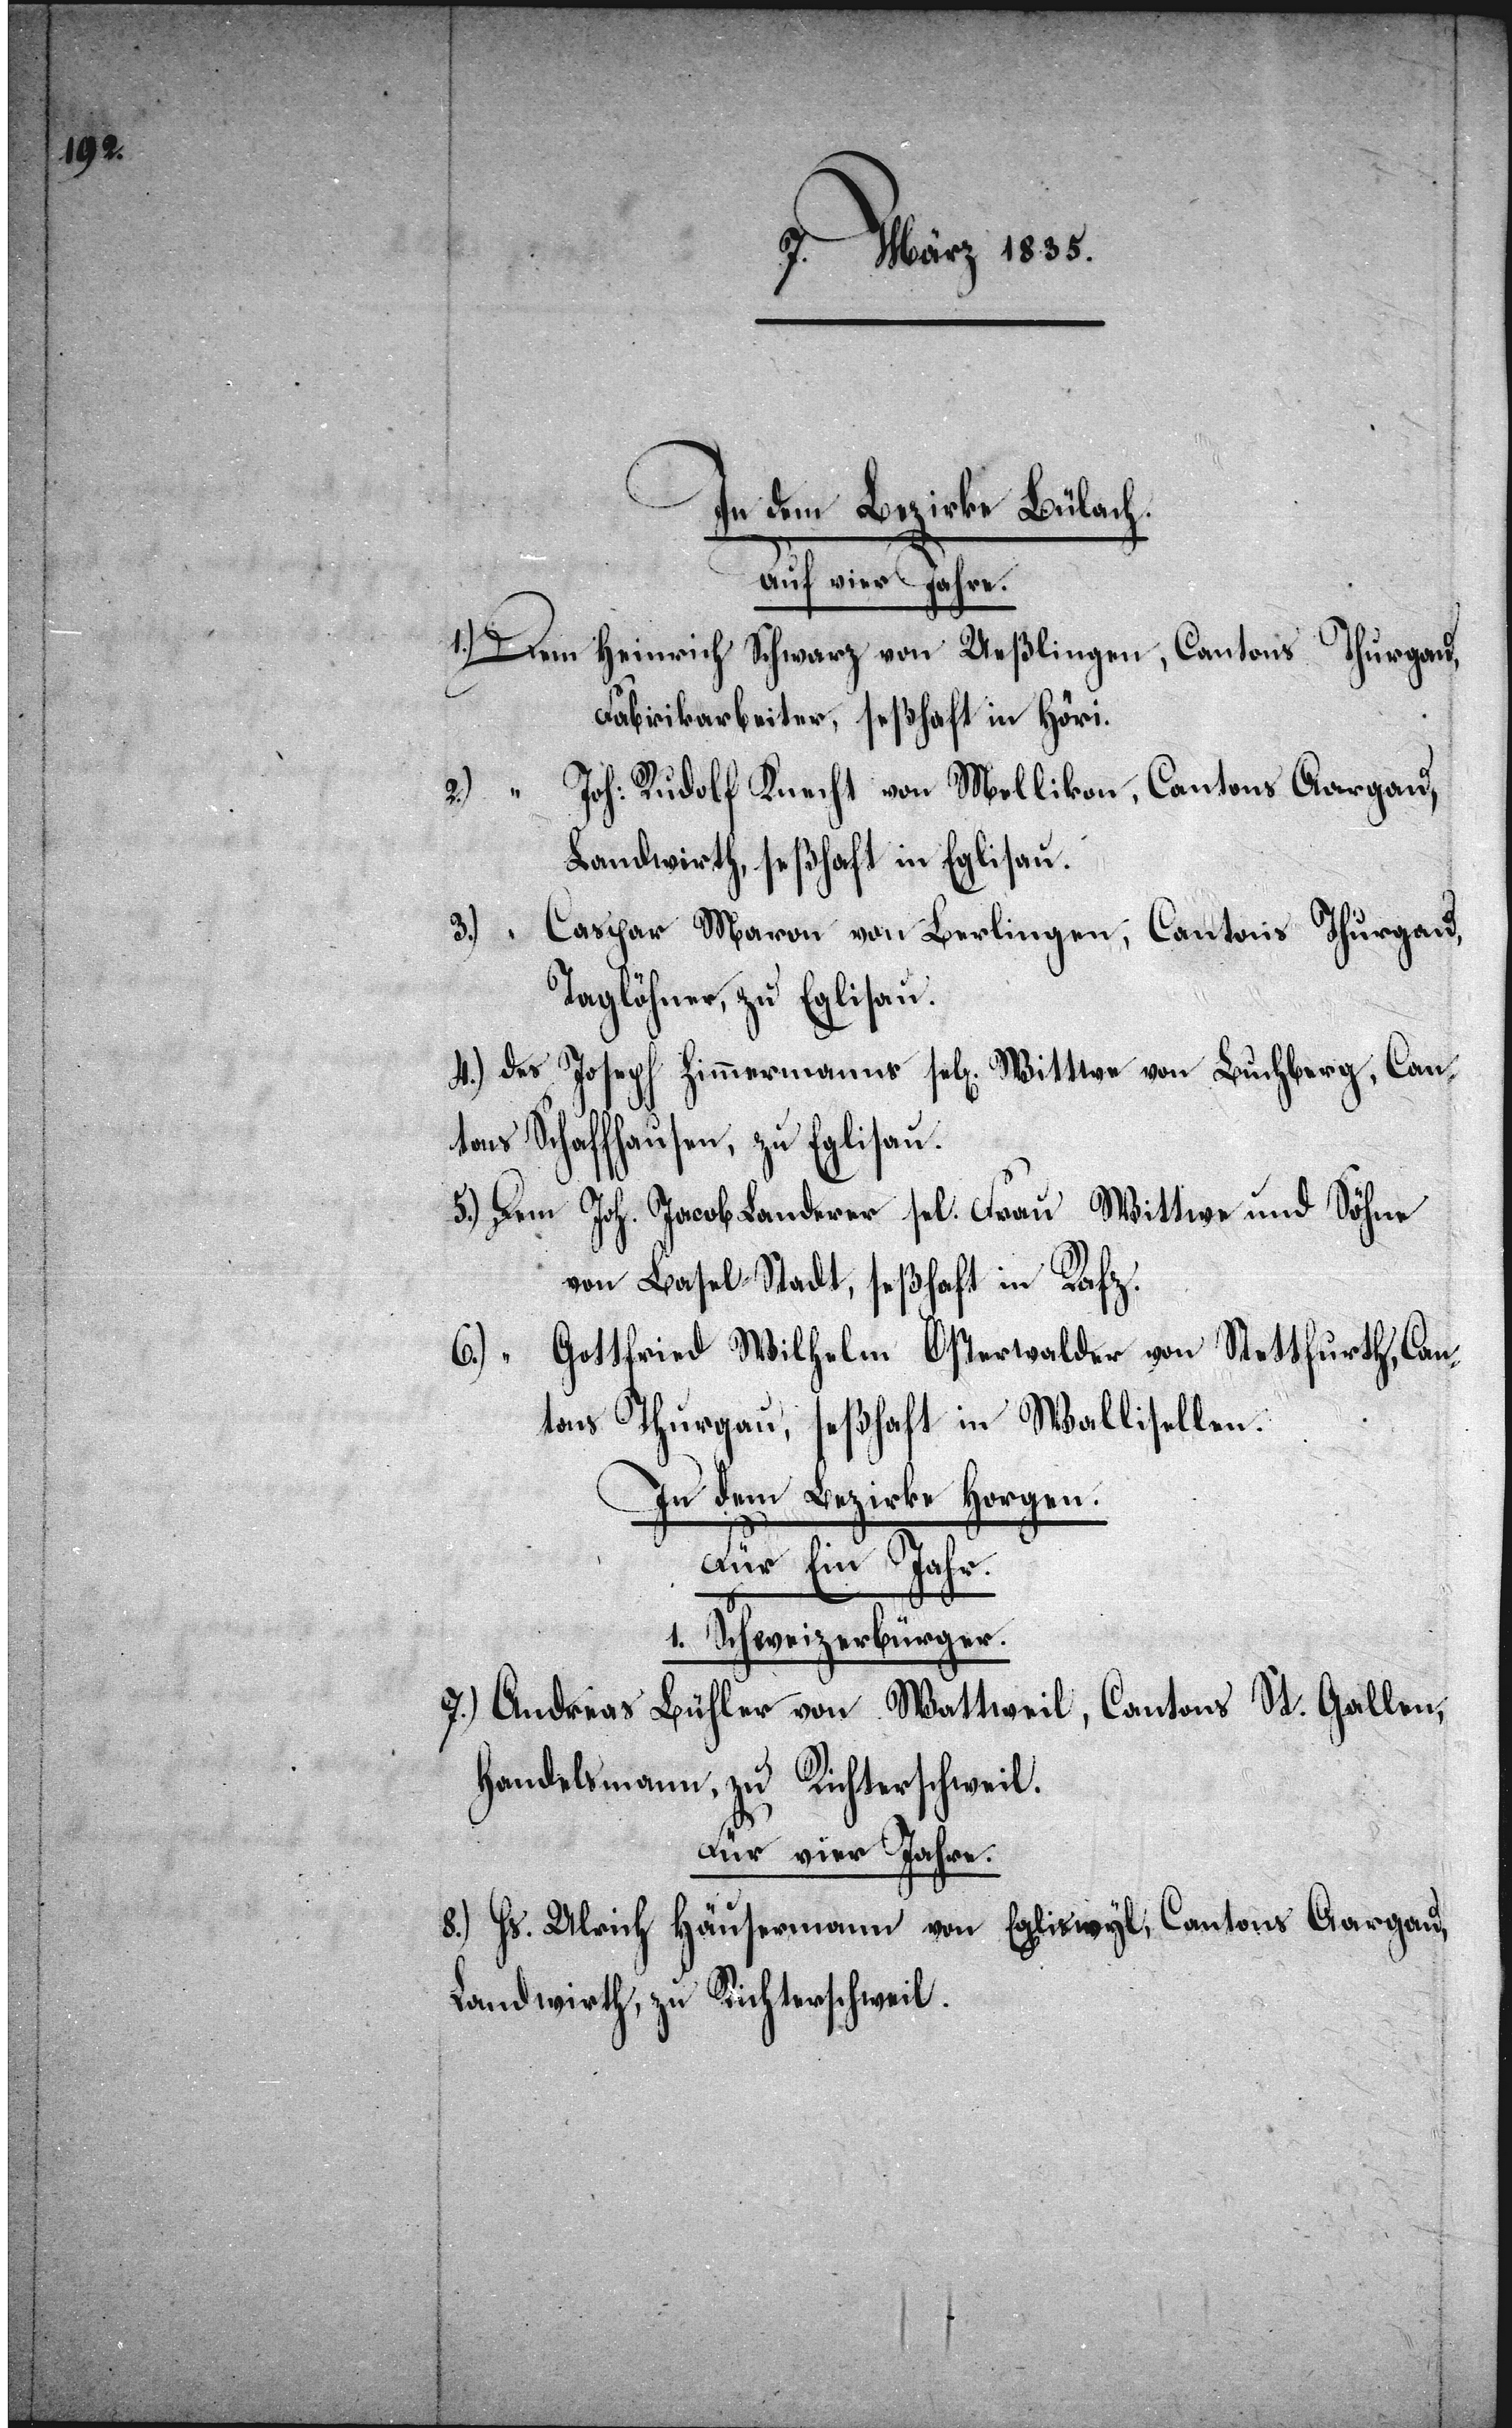
In dem Bezirke Bülach.
Auf vier Jahre.
1.) Dem Heinrich Schwarz von Ueßlingen, Cantons Thurgau,
Fabrikarbeiter, seßhaft in Höri.
2.) “ Joh. Rudolf Knecht von Mellikon, Cantons Aargau,
Landwirth, seßhaft in Eglisau.
3.) “ Caspar Maron von Berlingen, Cantons Thurgau,
Taglöhner, zu Eglisau.
4.) des Joseph Zimmermanns sel[ige]. Wittwe von Buchberg, Can¬
tons Schaffhausen, zu Eglisau.
5.) Dem Joh. Jacob Landerer sel. Frau Wittwe und Söhne,
von Basel-Stadt, seßhaft in Rafz.
6.) “ Gottfried Wilhelm Osterwalder von Stettfurth, Can¬
tons Thurgau, seßhaft in Wallisellen.
In dem Bezirke Horgen.
1. Schweizerbürger.
7.) Andreas Bühler von Wattweil, Cantons St. Gallen,
Handelsmann, zu Richterschweil.
Für vier Jahre.
8.) Hs. Ulrich Häusermann von Egliswyl, Cantons Aargau,
Landwirth, zu Richterschweil.